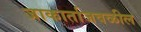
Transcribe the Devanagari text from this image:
जाकार्ताजवळील